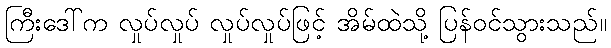
ကြီးဒေါ်က လှုပ်လှုပ် လှုပ်လှုပ်ဖြင့် အိမ်ထဲသို့ ပြန်ဝင်သွားသည်။